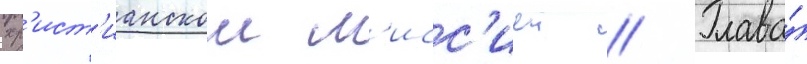
хр'ист'ианскои м'исс'иеи // Глава́